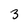
Character: 3